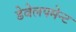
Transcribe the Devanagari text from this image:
डेवेलपमेन्ट